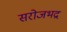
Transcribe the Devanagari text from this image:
सरोजभद्र